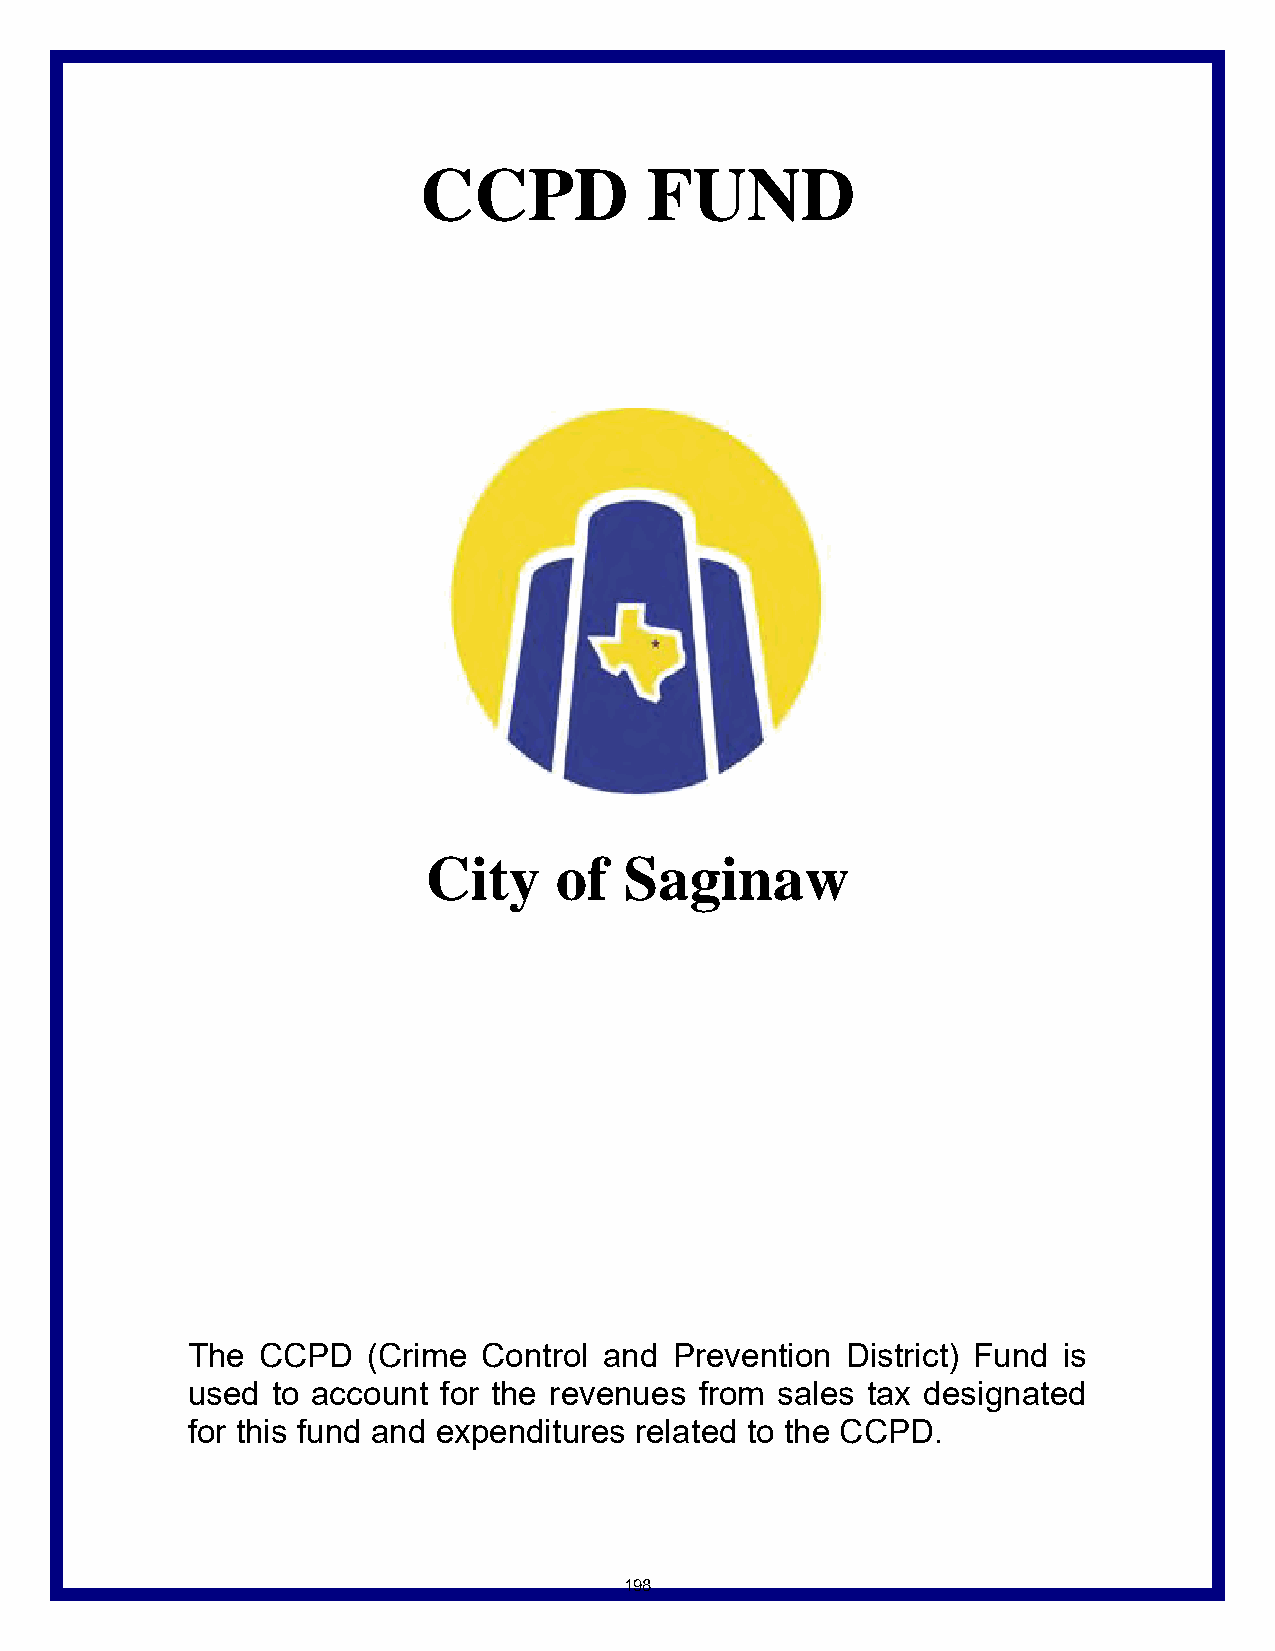
CCPD           FUND
 City     of  Saginaw
 The  CCPD   (Crime  Control and  Prevention District) Fund is
 used  to account for the revenues from sales tax designated
 for this fund and expenditures related to the CCPD.
 198